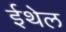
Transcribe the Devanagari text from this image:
ईथेल